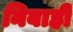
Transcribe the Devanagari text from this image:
निबाही